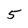
Character: 5